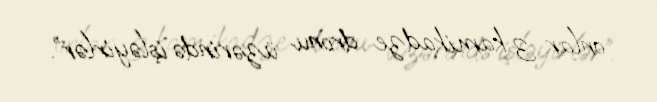
onlar 3 kamikadze dronu üzərində işləyirlər”.